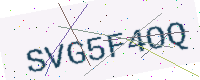
Text: SVG5F4OQ